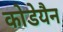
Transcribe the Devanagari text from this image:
कोडेयैन